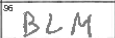
Transcription: BLM